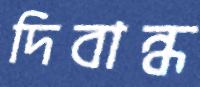
দিবান্ধ